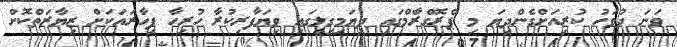
ވަނަ ދުވަހު ކުރިއަށްގެންދިޔަ މި ޕްރޮގްރާމްގައި ދިޔަމިގިލީގައި ވިޔަފާރިކުރާ ހުރިހާ ފިހާރައަކަށް ޒިޔާރަތްކޮށް